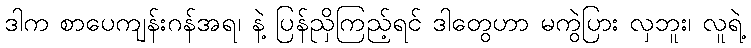
ဒါက စာပေကျန်းဂန်အရ၊ နဲ့ ပြန်ညှိကြည့်ရင် ဒါတွေဟာ မကွဲပြား လှဘူး၊ လူရဲ့